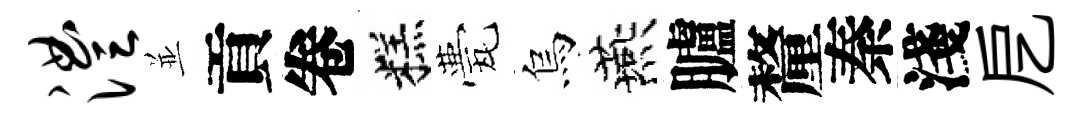
澧並貢卷糕甍烏燕臚釐秦淺戹